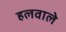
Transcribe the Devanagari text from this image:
हलवाले